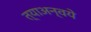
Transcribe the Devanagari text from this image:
त्याअन्वये